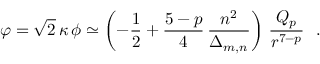
\varphi = \sqrt { 2 } \, \kappa \, \phi \simeq \left( - \frac { 1 } { 2 } + \frac { 5 - p } { 4 } \, \frac { n ^ { 2 } } { \Delta _ { m , n } } \right) \, \frac { Q _ { p } } { r ^ { 7 - p } } ~ ~ .